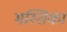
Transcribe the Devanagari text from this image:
मस्तिका